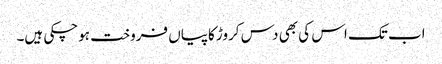
اب تک اس کی بھی دس کروڑ کاپیاں فروخت ہوچکی ہیں۔